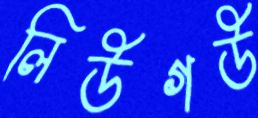
লিউগউ